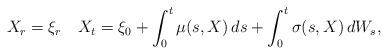
LaTeX: \begin{align*}X_{r} =\xi_r\quad{X}_t = \xi_0+ \int_{0}^{t}\mu(s,X )\,ds+ \int_{0}^{t}\sigma(s,X )\,dW_s,\end{align*}